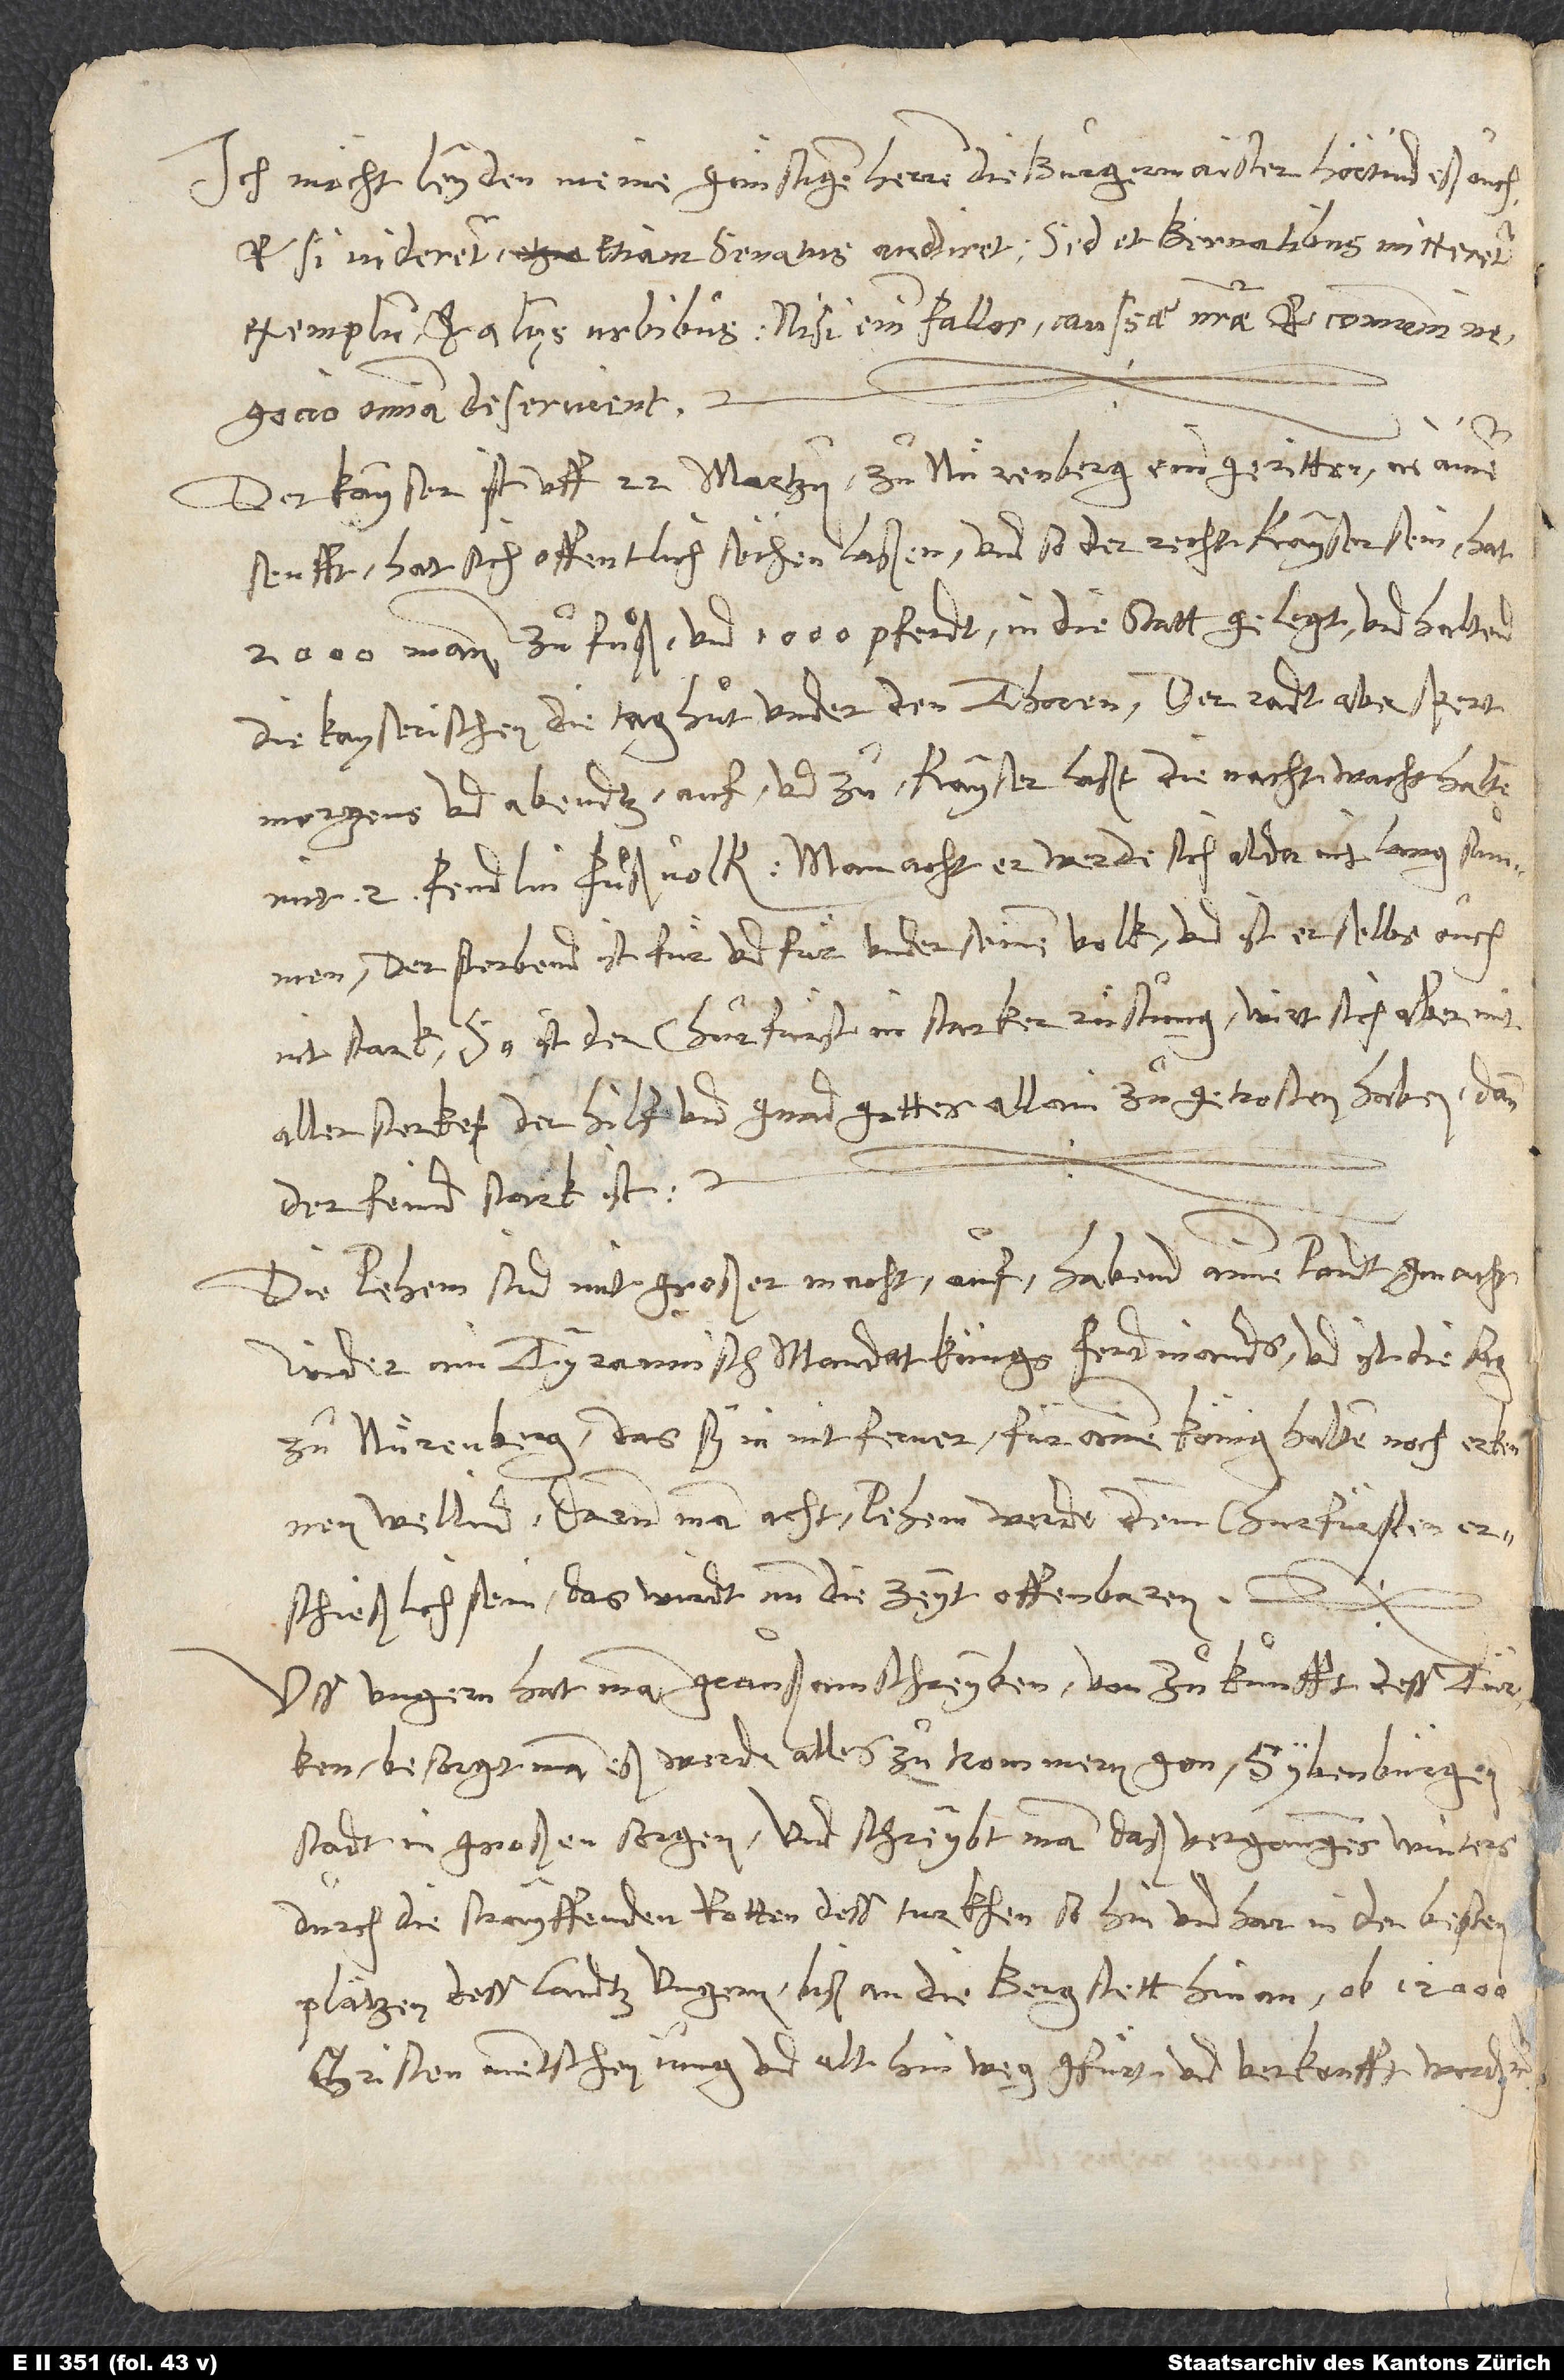
Ich möcht leyden, meine günstigen herren die burgermaister hörtind eß ouch
et, si videretur, etiam senatus audiret, sed et Bernatibus mitteretur
exemplum et aliis urbibus. Nisi enim fallor, caussae nostrae et communi
negocio omnia deservient.
Der kayser ist uff 22. martzii zuͦ Nuͤrenberg eingeritten in ainer
senfft; hat sich offentlich sëchen laßen und so der recht kayser sein. Hat
2000 mann zuͦ fuͦß und 1000 pferdt in die statt gelegt und haltend
die kayserischen die taghuͦt under den thoren; der radt aber spert
morgens und abendtz auf und zuͦ; kayser laßt die nachtwacht halten
mit 2 fendlin fuͦßvolk. Man acht, er werde sich alda nit lang summen.
Der sterbend ist fuͤr und fuͤr under seinem volk, und ist er selbs ouch
nit stark. So ist der churfürst in starker rüstung; wirt sich aber mit
aller sterke der hilf und gnad gottes allain zuͦ getrosten haben, dann
der feind stark ist.
Die Pehem sind mit großer macht auf, habend ainen pondt gmacht
wider ain tyrannisch mandat küngs Ferdinands, und ist die sag
zuͦ Nuͤrenberg, das sy in nit ferner für ainen könig halten noch erkennen
wellind; darum man acht, Pehem werde demm churfürsten
erschießlich sein. Das wirdt nun die zeyt offenbaren.
Uss Ungern hat man graußam schreyben von zuͦkunfft dess Türken;
besorgt man, eß werde alles zuͦ trommern gon. Sybenbürgen
stadt in großen sorgen, und schreybt man, daß vergangens winters
durch die strayffenden rotten dess Turkhen so hin und har in den besten
plätzen dess landtz Ungern biß an die bergstett hinan ob 12'000
Christenmentschen, jung und alt, hinweg gfuͤrt und verkoufft worden,